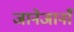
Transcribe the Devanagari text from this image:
जानेजानाँ